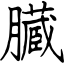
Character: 臓